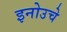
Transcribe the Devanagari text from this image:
इनोउचे